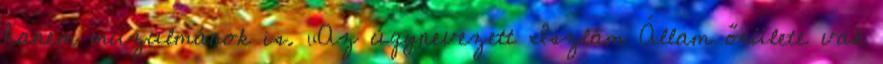
hanem muzulmánok is. „Az úgynevezett Iszlám Állam őrülete vak